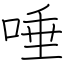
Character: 唾